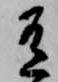
有